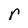
Character: r